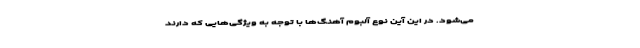
می‌شود. در این آین نوع آلبوم‌ آهنگ‌ها با توجه به ویژگی‌هایی که دارند